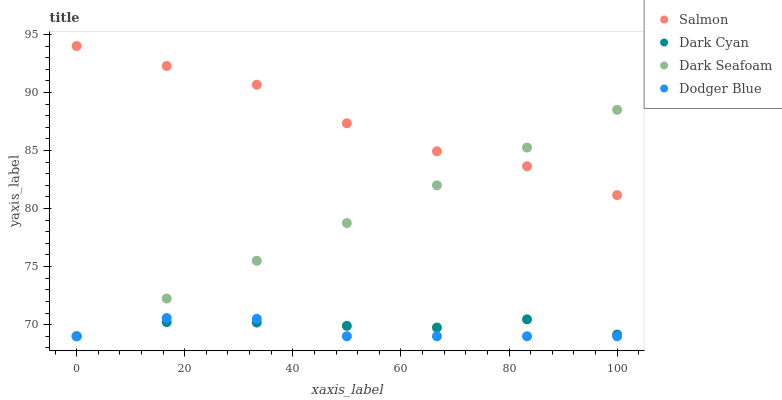
| xaxis_label | Salmon | Dark Cyan | Dark Seafoam | Dodger Blue |
 | --- | --- | --- | --- | --- |
 | 0 | 94 | 69 | 69 | 69 |
 | 16.7 | 92.3 | 70.2 | 72.3 | 70.6 |
 | 33.3 | 90.7 | 70.2 | 75.5 | 70.5 |
 | 50 | 87.3 | 69.9 | 78.8 | 69 |
 | 66.7 | 84.9 | 69.7 | 82 | 69 |
 | 83.3 | 83.6 | 70.5 | 85.3 | 69 |
 | 100 | 81.2 | 69.1 | 88.5 | 69 |